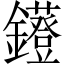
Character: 𨯷